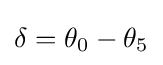
\delta =\theta _{0}-\theta _{5}